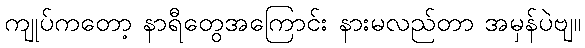
ကျုပ်ကတော့ နာရီတွေအကြောင်း နားမလည်တာ အမှန်ပဲဗျ။